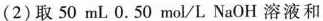
(2)取50mL0.50mol/L NaOH溶液和